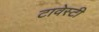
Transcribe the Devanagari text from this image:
टावेस्टी